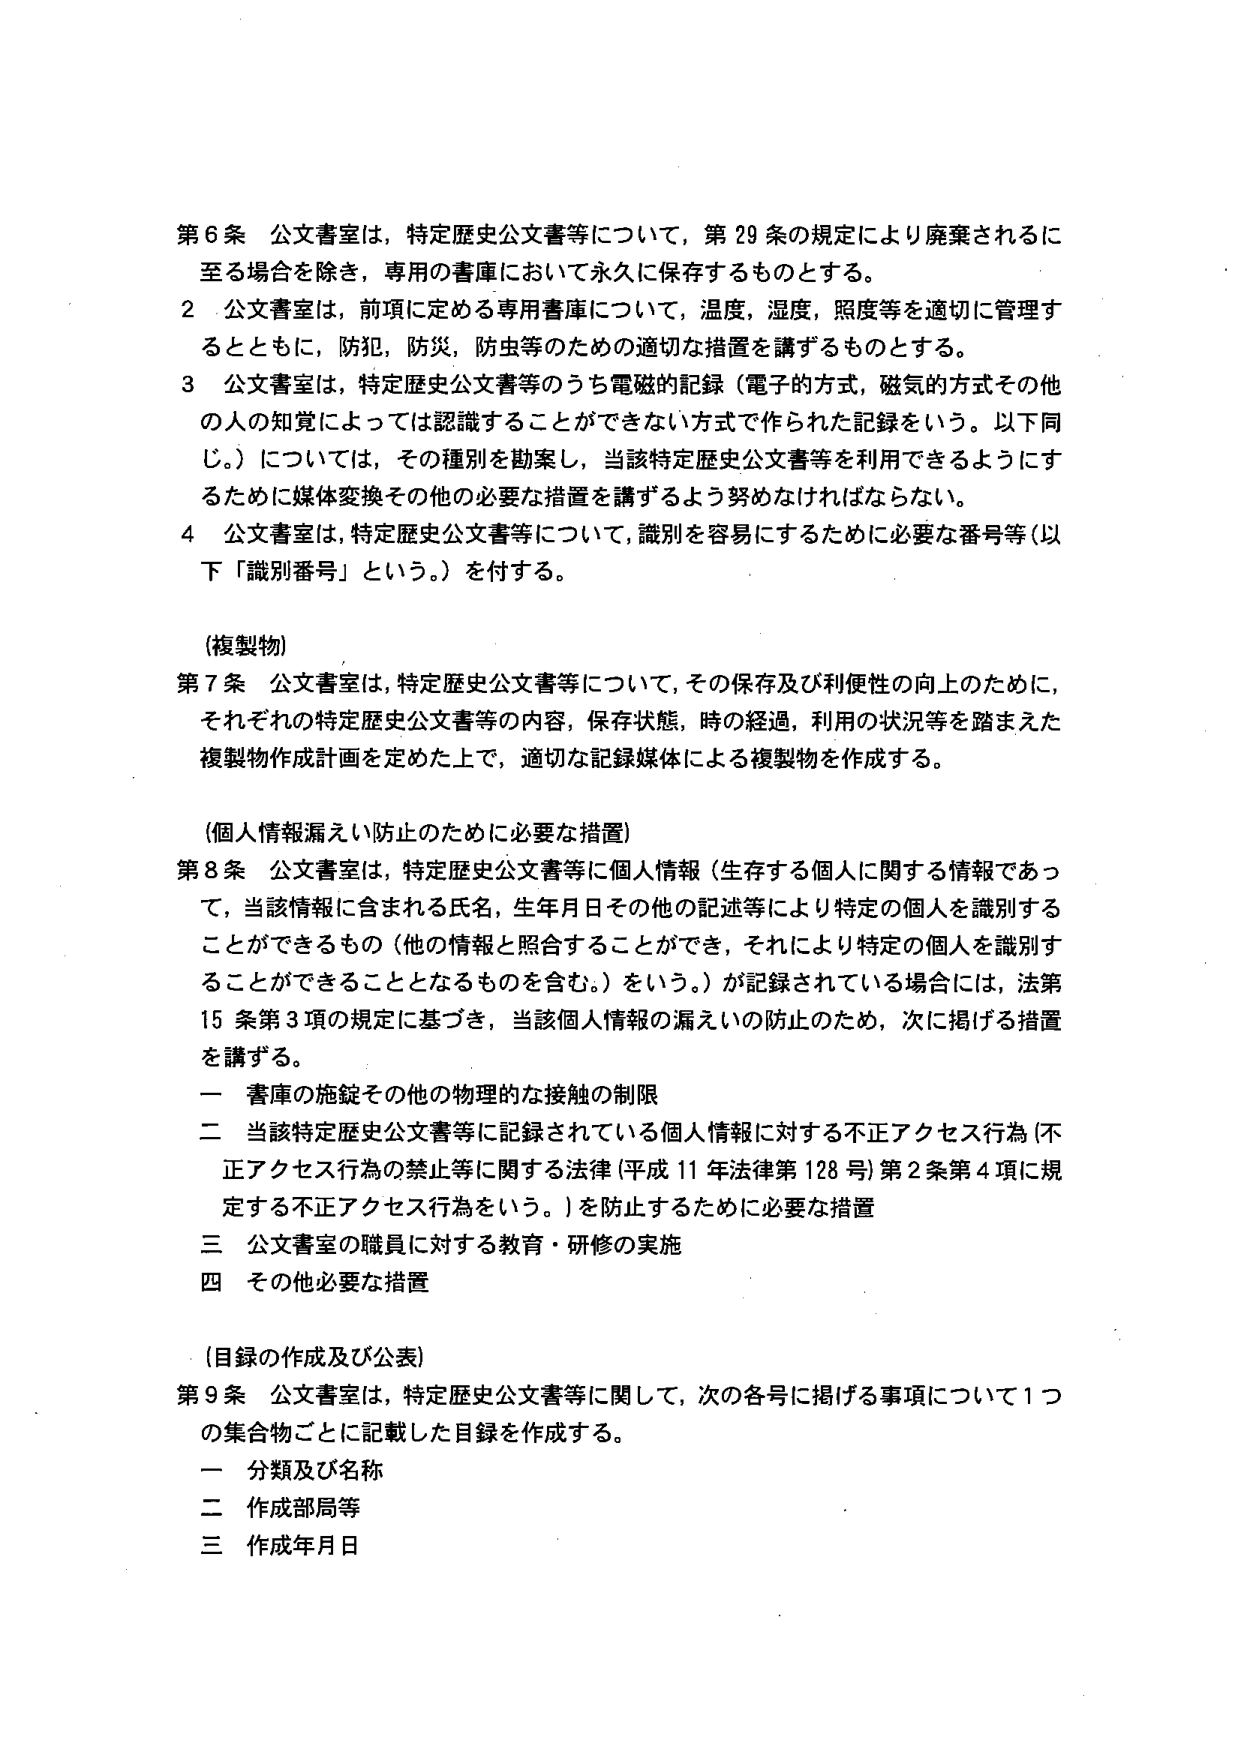
第６条 公文書室は、特定歴史公文書等について、第29条の規定により廃棄されるに至る場合を除き、専用の書庫において永久に保存するものとする。

２ 公文書室は、前項に定める専用書庫について、温度、湿度、照度等を適切に管理するとともに、防犯、防災、防虫等のための適切な措置を講ずるものとする。

３ 公文書室は、特定歴史公文書等のうち電磁的記録（電子的方式、磁気的方式その他の人の知覚によっては認識することができない方式で作られた記録をいう。以下同じ。）については、その種別を勘案し、当該特定歴史公文書等を利用できるようにするために媒体変換その他の必要な措置を講ずるよう努めなければならない。

４ 公文書室は、特定歴史公文書等について、識別を容易にするために必要な番号等（以下「識別番号」という。）を付する。

（複製物）

第７条 公文書室は、特定歴史公文書等について、その保存及び利便性の向上のために、それぞれの特定歴史公文書等の内容、保存状態、時の経過、利用の状況等を踏まえた複製物作成計画を定めた上で、適切な記録媒体による複製物を作成する。

（個人情報漏えい防止のために必要な措置）

第８条 公文書室は、特定歴史公文書等に個人情報（生存する個人に関する情報であって、当該情報に含まれる氏名、生年月日その他の記述等により特定の個人を識別することができるもの（他の情報と照合することができ、それにより特定の個人を識別することができるものとなるものを含む。）をいう。）が記録されている場合には、法第15条第3項の規定に基づき、当該個人情報の漏えいの防止のため、次に掲げる措置を講ずる。

一 書庫の施錠その他の物理的な接触の制限

二 当該特定歴史公文書等に記録されている個人情報に対する不正アクセス行為（不正アクセス行為の禁止等に関する法律（平成11年法律第128号）第2条第4項に規定する不正アクセス行為をいう。）を防止するために必要な措置

三 公文書室の職員に対する教育・研修の実施

四 その他必要な措置

（目録の作成及び公表）

第９条 公文書室は、特定歴史公文書等に関して、次の各号に掲げる事項について1つの集合物ごとに記載した目録を作成する。

一 分類及び名称

二 作成部局等

三 作成年月日